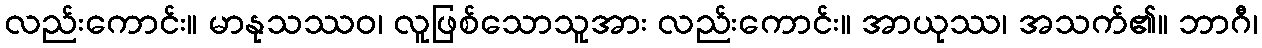
လည်းကောင်း။ မာနုသဿဝ၊ လူဖြစ်သောသူအား လည်းကောင်း။ အာယုဿ၊ အသက်၏။ ဘာဂီ၊